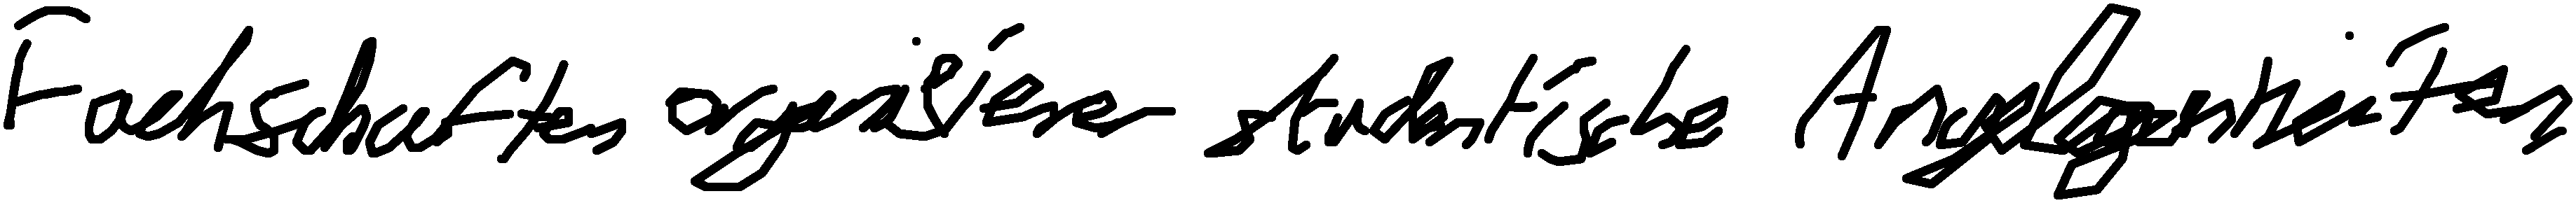
Fachschaften organisieren studentische Angelegenheiten.